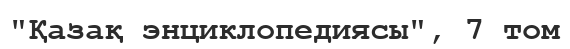
"Қазақ энциклопедиясы", 7 том